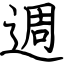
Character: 週